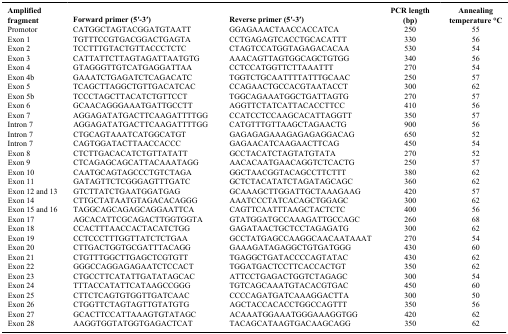
<table><thead><tr><td><b>Amplified fragment</b></td><td><b>Forward primer (5′-3′)</b></td><td><b>Reverse primer (5′-3′)</b></td><td><b>PCR length (bp)</b></td><td><b>Annealing temperature °C</b></td></tr></thead><tbody><tr><td>Promotor</td><td>CATGGCTAGTACGGATGTAATT</td><td>GGAGAAACTAACCACCATCA</td><td>250</td><td>55</td></tr><tr><td>Exon 1</td><td>TGTTTCCGTGACGGACTGAGTA</td><td>CCTGAGAGTCACCTGCACATTT</td><td>330</td><td>56</td></tr><tr><td>Exon 2</td><td>TCCTTTGTACTGTTACCCTCTC</td><td>CTAGTCCATGGTAGAGACACAA</td><td>530</td><td>54</td></tr><tr><td>Exon 3</td><td>CATTATTCTTAGTAGATTAATGTG</td><td>AAACAGTTAGTGGCAGCTGTGG</td><td>340</td><td>56</td></tr><tr><td>Exon 4</td><td>GTAGGGTTGTCATGAGGATTAA</td><td>CCTCCATGGTTCTTAAATTT</td><td>270</td><td>54</td></tr><tr><td>Exon 4b</td><td>GAAATCTGAGATCTCAGACATC</td><td>TGGTCTGCAATTTTATTTGCAAC</td><td>250</td><td>57</td></tr><tr><td>Exon 5</td><td>TCAGCTTAGGCTGTTGACATCAC</td><td>CCAGAACTGCCACGTAATACCT</td><td>300</td><td>62</td></tr><tr><td>Exon 5b</td><td>TCCCTAGCTTACATCTGTTCCT</td><td>TGGCAGAAATGGCTGATTAGTG</td><td>270</td><td>57</td></tr><tr><td>Exon 6</td><td>GCAACAGGGAAATGATTGCCTT</td><td>AGGTTCTATCATTACACCTTCC</td><td>410</td><td>56</td></tr><tr><td>Exon 7</td><td>AGGAGATATGACTTCAAGATTTTGG</td><td>CCATCCTCCAAGCACATTAGGTT</td><td>350</td><td>57</td></tr><tr><td>Intron 7</td><td>AGGAGATATGACTTCAAGATTTTGG</td><td>CATGTTTGTTAAGCTAGAACTG</td><td>900</td><td>56</td></tr><tr><td>Intron 7</td><td>CTGCAGTAAATCATGGCATGT</td><td>GAGAGAGAAAGAGAGAGGACAG</td><td>650</td><td>52</td></tr><tr><td>Intron 7</td><td>CAGTGGATACTTAACCACCC</td><td>GAGAACATCAAGAACTTCAG</td><td>450</td><td>54</td></tr><tr><td>Exon 8</td><td>CTCTTGACACATCTGTTATATT</td><td>GCCTACATCTAGTATGTATA</td><td>270</td><td>52</td></tr><tr><td>Exon 9</td><td>CTCAGAGCAGCATTACAAATAGG</td><td>AACACAATGAACAGGTCTCACTG</td><td>250</td><td>57</td></tr><tr><td>Exon 10</td><td>CAATGCAGTAGCCCTGTCTAGA</td><td>GGCTAACGGTACAGCCTTCTTT</td><td>380</td><td>62</td></tr><tr><td>Exon 11</td><td>GATAGTTCTCGGGAGTTTGATC</td><td>GCTCTACATATCTAGATAGCAGC</td><td>360</td><td>62</td></tr><tr><td>Exon 12 and 13</td><td>GTCTTATCTGAATGGATGAG</td><td>GCAAAGCTTGGATTGCTAAAGAAG</td><td>420</td><td>57</td></tr><tr><td>Exon 14</td><td>CTTGCTATAATGTAGACACAGGG</td><td>AAATCCCTATCACAGCTGGAGC</td><td>300</td><td>62</td></tr><tr><td>Exon 15 and 16</td><td>TAGGCAGCAGAGCAGGAATTCA</td><td>CAGTTCAATTTAAGCTACTCTC</td><td>400</td><td>56</td></tr><tr><td>Exon 17</td><td>AGCACATTCGCAGACTTGGTGGTA</td><td>GTATGGATGCCAAAGATTGCCAGC</td><td>260</td><td>68</td></tr><tr><td>Exon 18</td><td>CCACTTTAACCACTACATCTGG</td><td>GAGATAACTGCTCCTAGAGATG</td><td>300</td><td>62</td></tr><tr><td>Exon 19</td><td>CCTCCCTTTGGTTATCTCTGAA</td><td>GCCTATGAGCCAAGGCAACAATAAAT</td><td>270</td><td>54</td></tr><tr><td>Exon 20</td><td>CTTGACTGGTGCGATTTACAGG</td><td>GAAAGATAGAGGCTGTGATGGG</td><td>430</td><td>60</td></tr><tr><td>Exon 21</td><td>CTGTTTGGCTTGAGCTCGTGTT</td><td>TGAGGCTGATACCCCAGTATAC</td><td>430</td><td>62</td></tr><tr><td>Exon 22</td><td>GGGCCAGGAGAGAATCTCCACT</td><td>TGGATGACTCCTTCACCACTGT</td><td>350</td><td>62</td></tr><tr><td>Exon 23</td><td>CTGCCTTCATATTGATATAGCAC</td><td>ATTCCTGAGACTGGTCTAGAGC</td><td>300</td><td>54</td></tr><tr><td>Exon 24</td><td>TTTACCATATTCATAAGCCGGG</td><td>TGTCAGCAAATGTACACGTGAC</td><td>450</td><td>60</td></tr><tr><td>Exon 25</td><td>CTTCTCAGTGTGGTTGATCAAC</td><td>CCCCAGATGATCAAAGGACTTA</td><td>300</td><td>50</td></tr><tr><td>Exon 26</td><td>CTGGTTCTAGTAGTTGTATGTG</td><td>AGCTACCACACCTGGCCAGTTT</td><td>350</td><td>56</td></tr><tr><td>Exon 27</td><td>GCACTTCCATTAAAGTGTATAGC</td><td>ACAAATGGAAATGGGAAAGGTGG</td><td>420</td><td>62</td></tr><tr><td>Exon 28</td><td>AAGGTGGTATGGTGAGACTCAT</td><td>TACAGCATAAGTGACAAGCAGG</td><td>350</td><td>62</td></tr></tbody></table>